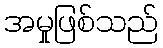
အမှုဖြစ်သည်